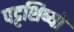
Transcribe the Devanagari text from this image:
पट्टशिष्यों